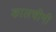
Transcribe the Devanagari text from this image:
कालचीनी